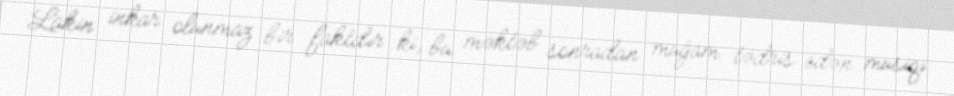
Lakin inkar olunmaz bir faktdır ki, bu məktəb sonradan muğam tədris edən musiqi